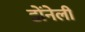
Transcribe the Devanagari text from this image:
डोंनेली